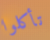
تأكلوا